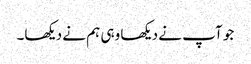
جو آپ نے دیکھا وہی ہم نے دیکھا۔